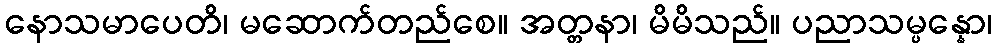
နောသမာပေတိ၊ မဆောက်တည်စေ။ အတ္တနာ၊ မိမိသည်။ ပညာသမ္ပန္နော၊